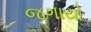
જગાયો